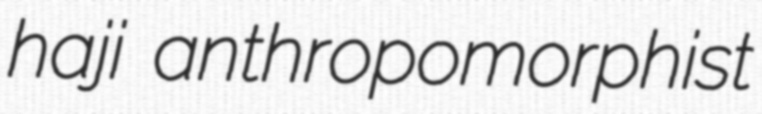
haji anthropomorphist